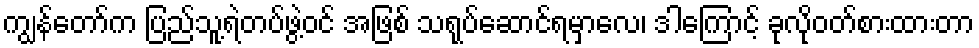
ကျွန်တော်က ပြည်သူ့ရဲတပ်ဖွဲ့ဝင် အဖြစ် သရုပ်ဆောင်ရမှာလေ၊ ဒါကြောင့် ခုလိုဝတ်စားထားတာ